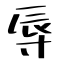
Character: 辱